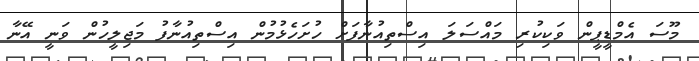
މޫސަ އެމްޑީޕީން ވަކިކުރި މައްސަލަ އިސްތިއުނާފަށް ހުށަހެޅުމުން އިސްތިއުނާފު މަޖިލީހުން ވަނީ އޭނާ